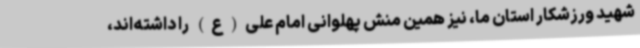
شهید ورزشکار استان ما، نیز همین منش پهلوانی امام علی(ع) را داشته‌اند،